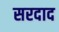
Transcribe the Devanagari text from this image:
सरदाद